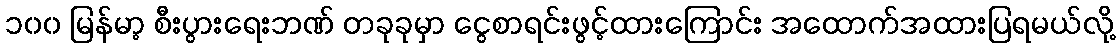
၁၀၀ မြန်မာ့ စီးပွားရေးဘဏ် တခုခုမှာ ငွေစာရင်းဖွင့်ထားကြောင်း အထောက်အထားပြရမယ်လို့